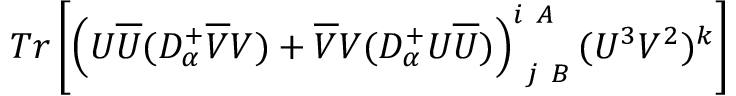
T r \left[ \left( U \overline { { { U } } } ( { \cal D } _ { \alpha } ^ { + } \overline { { { V } } } V ) + \overline { { { V } } } V ( { \cal D } _ { \alpha } ^ { + } U \overline { { { U } } } ) \right) _ { \ j \ B } ^ { i \ A } ( U ^ { 3 } V ^ { 2 } ) ^ { k } \right]